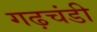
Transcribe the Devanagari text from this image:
गढ़चंडी